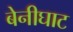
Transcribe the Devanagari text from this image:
बेनीघाट